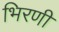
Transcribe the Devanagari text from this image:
भिरणी